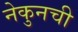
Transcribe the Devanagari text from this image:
नेकुनची